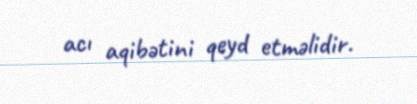
acı aqibətini qeyd etməlidir.